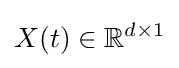
X(t)\in \mathbb {R} ^{d\times 1}